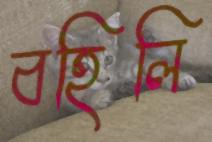
বহিলি